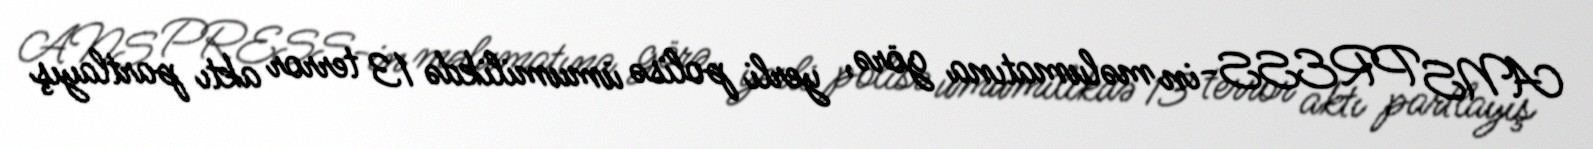
ANS PRESS-in məlumatına görə, yerli polisə ümumilikdə 13 terror aktı partlayış